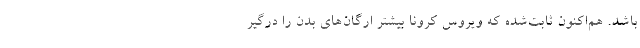
باشد. هم‌اکنون ثابت‌شده که ویروس کرونا بیشتر ارگان‌های بدن را درگیر